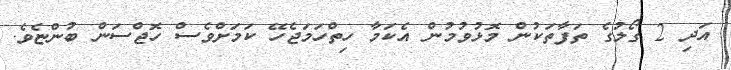
އަދި 2 ގޯލުގެ ތަފާތަކުން މޮޅުވުމުން އެކަމާ ހިތްހަމަޖެހޭ ކަމަށްވެސް ހޮޖްސަން ބުންޏެވެ.